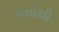
મતોથી